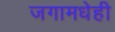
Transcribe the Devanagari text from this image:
जगामधेही